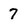
Character: 7